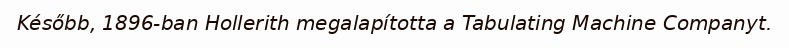
Később, 1896-ban Hollerith megalapította a Tabulating Machine Companyt.